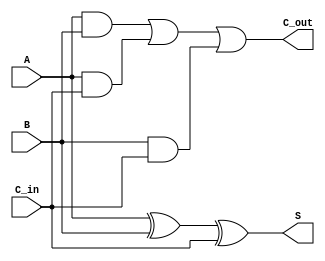
`timescale 1ns / 1ps
//////////////////////////////////////////////////////////////////////////////////
// Company: 
// Engineer: 
// 
// Design Name: 
// Module Name: FA
// Project Name: 
// Target Devices: 
// Tool Versions: 
// Description: 
// 
// Dependencies: 
// 
// Revision:
// Revision 0.01 - File Created
// Additional Comments:
// 
//////////////////////////////////////////////////////////////////////////////////


module FA(
    input A,
    input B,
    input C_in,
    output S, 
    output C_out
    );

assign S = A ^ B ^ C_in;
assign C_out = (A&B)|(A&C_in)|(B&C_in);

    
endmodule